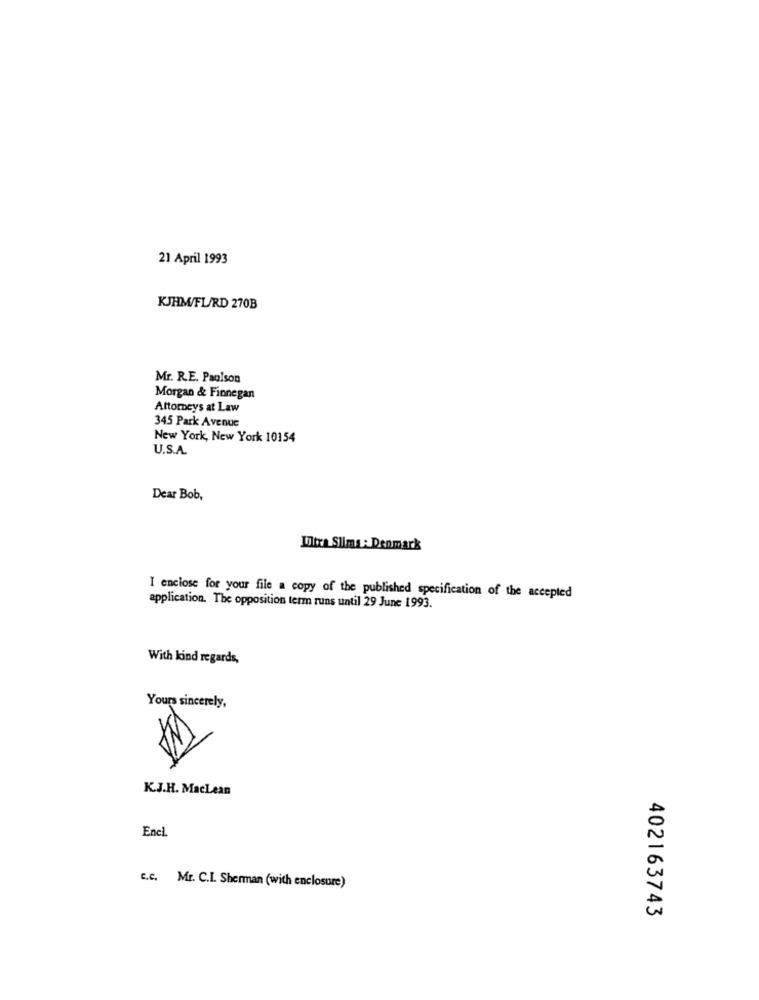
21 April 1993
KJH/FL/RD 270B
Mr. R.E. Paulson
Morgan & Finnegan
Attorneys at Law
345 Park Avenue
New York, New York 10154
U.S.A.
Dear Bob,
Ultra Slims : Denmark
I enclose for your file a copy of the published specification of the accepted
application. The opposition term runs until 29 June 1993.
With kind regards,
Yours sincerely,
K.J.H. MacLean
Encl.
c.c. Mr. C.I. Sherman (with enclosure)
402163743